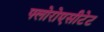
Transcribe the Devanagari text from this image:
फ्लोरोएसीटेट